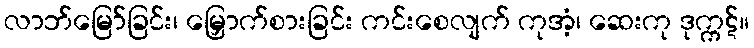
လာဘ်မြော်ခြင်း၊ မြှောက်စားခြင်း ကင်းစေလျက် ကုအံ့၊ ဆေးကု ဒုက္ကဋ်။